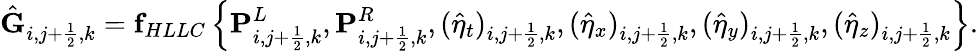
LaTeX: \hat{\mathbf{G}}_{i,j+\frac{1}{2},k}=\mathbf{f}_{HLLC}\left\{ \mathbf{P}_{i,j+\frac{1}{2},k}^{L},\mathbf{P}_{i,j+\frac{1}{2},k}^{R},(\hat{\eta}_{t})_{i,j+\frac{1}{2},k},(\hat{\eta}_{x})_{i,j+\frac{1}{2},k},(\hat{\eta}_{y})_{i,j+\frac{1}{2},k},(\hat{\eta}_{z})_{i,j+\frac{1}{2},k}\right\} .